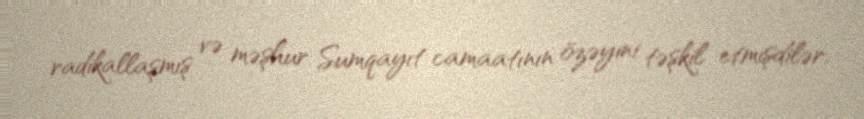
radikallaşmış və məşhur Sumqayıt camaatının özəyini təşkil etmişdilər.